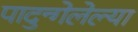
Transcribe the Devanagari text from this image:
पादुन्गेलेल्या